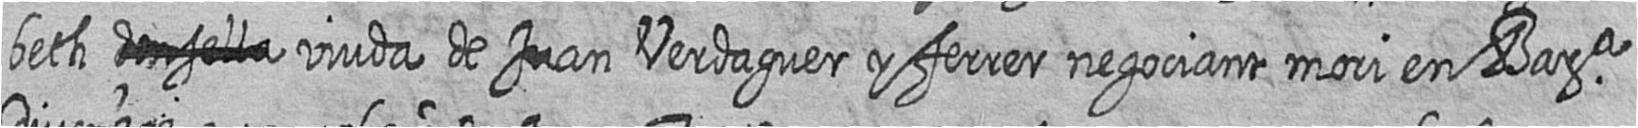
beth # viuda de Juan Verdaguer y ferrer negociant mori en Bara